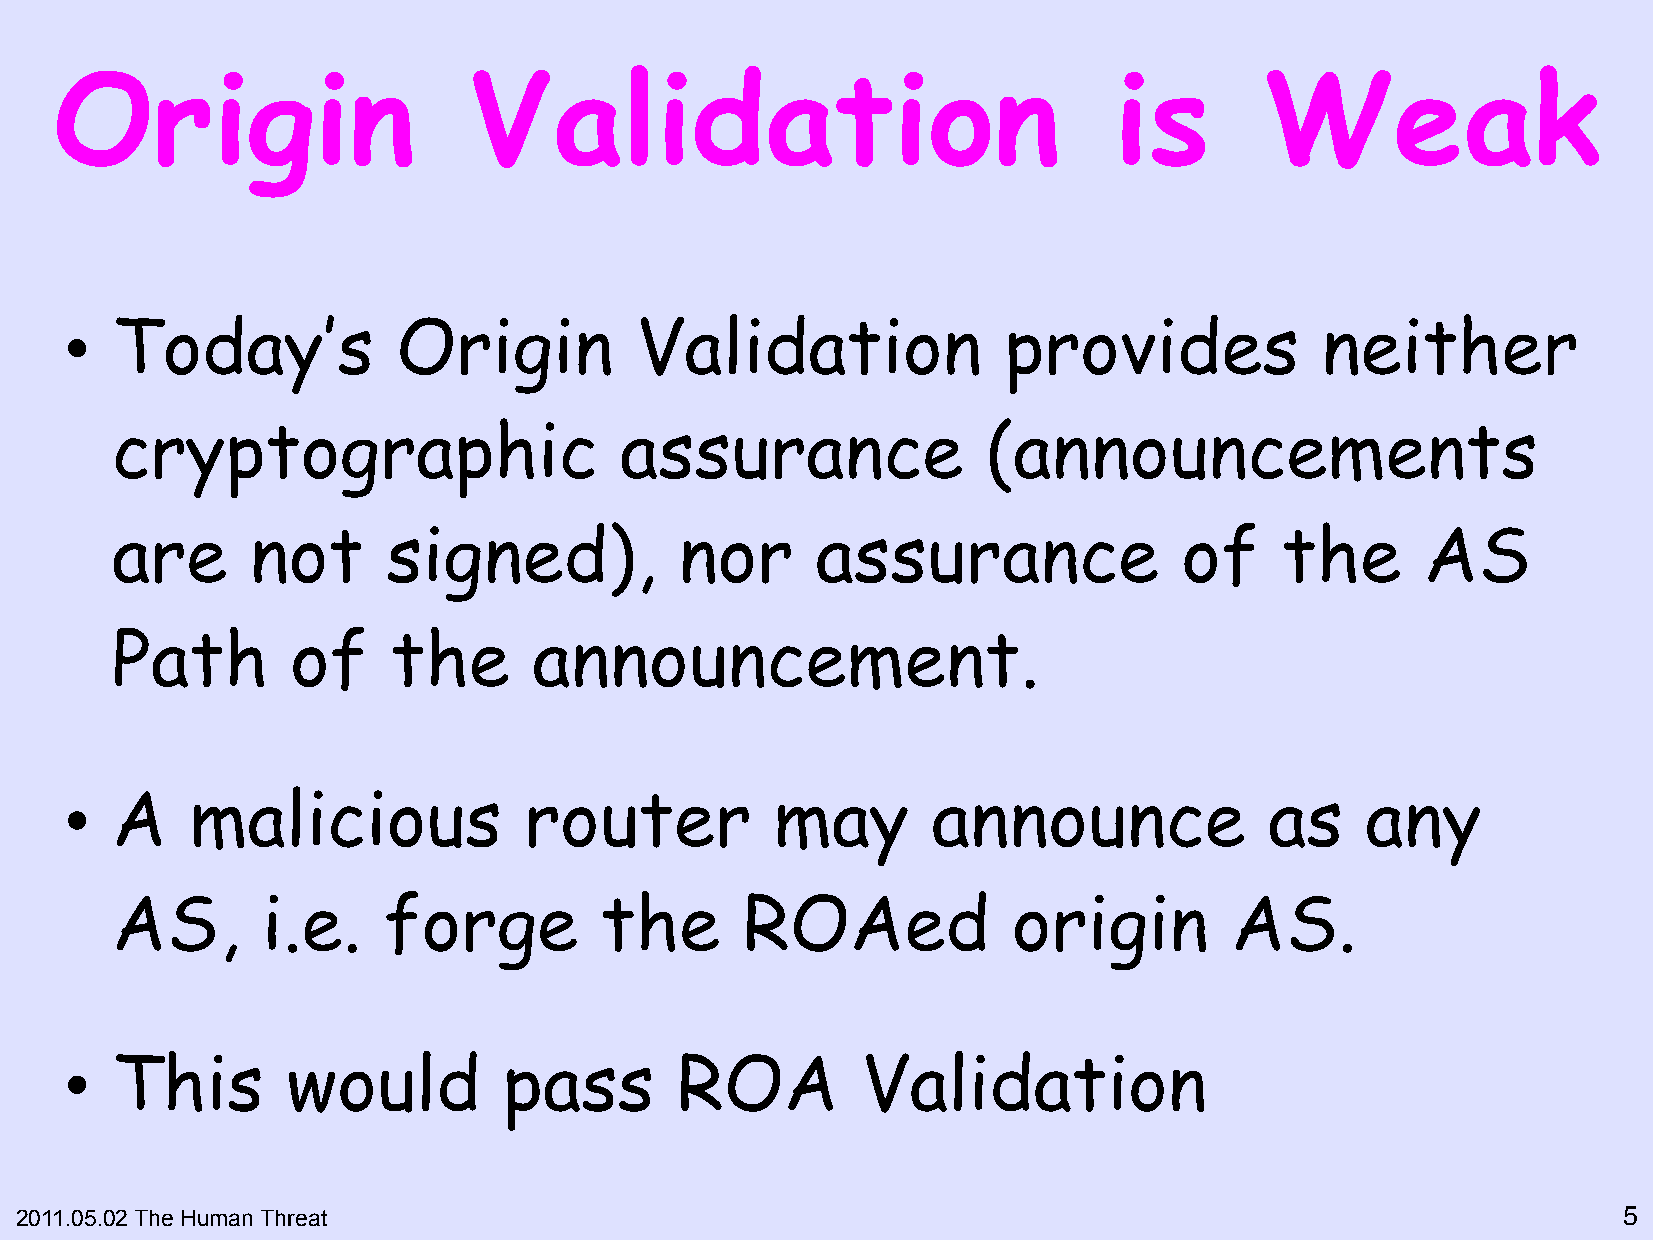
Origin                     Validation                                 is        Weak
 •  Today’s            Origin          Validation              provides             neither
 cryptographic                     assurance               (announcements
 are       not      signed),           nor      assurance               of     the      AS
 Path        of     the      announcement.
 •  A     malicious             router          may        announce              as    any
 AS,       i.e.    forge          the      ROAed             origin        AS.
 •  This        would         pass        ROA         Validation
 2011.05.02 The Human Threat                                                                               5"